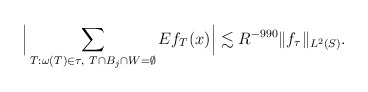
\begin{align*}\Big| \sum_{T :\omega(T) \in \tau,~ T \cap B_j \cap W= \emptyset}Ef_{T}(x) \Big| \lesssim R^{-990}\|f_\tau\|_{L^2(S)}.\end{align*}